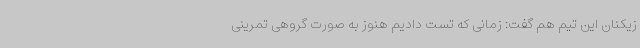
زیکنان این تیم هم گفت: زمانی که تست دادیم هنوز به صورت گروهی تمرینی